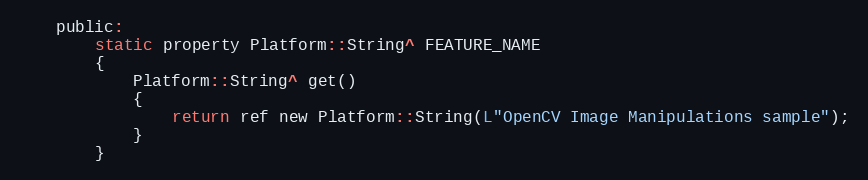
Language: C
    public:
        static property Platform::String^ FEATURE_NAME
        {
            Platform::String^ get()
            {
                return ref new Platform::String(L"OpenCV Image Manipulations sample");
            }
        }